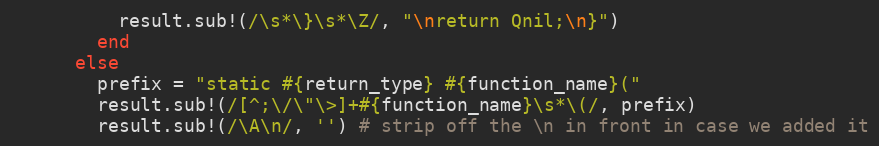
Language: Ruby
          result.sub!(/\s*\}\s*\Z/, "\nreturn Qnil;\n}")
        end
      else
        prefix = "static #{return_type} #{function_name}("
        result.sub!(/[^;\/\"\>]+#{function_name}\s*\(/, prefix)
        result.sub!(/\A\n/, '') # strip off the \n in front in case we added it